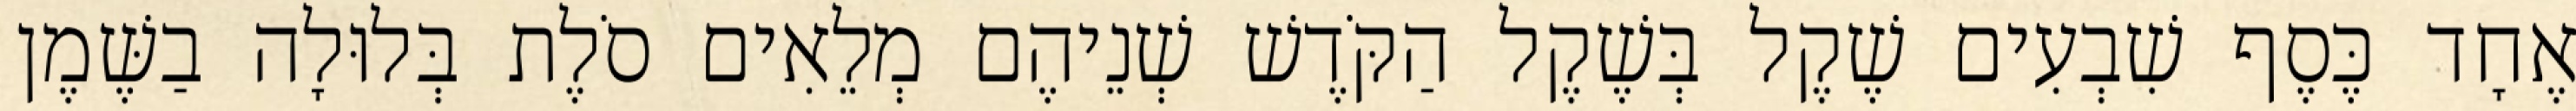
אֶחָד כֶּסֶף שִׁבְעִים שֶׁקֶל בְּשֶׁקֶל הַקֹּדֶשׁ שְׁנֵיהֶם מְלֵאִים סֹלֶת בְּלוּלָה בַשֶּׁמֶן